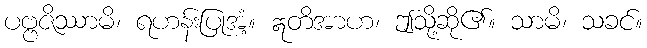
ပဗ္ဗဇိဿာမိ၊ ရဟန်းပြုအံ့။ ဣတိအာဟ၊ ဤသို့ဆို၏။ သာမိ၊ သခင်။